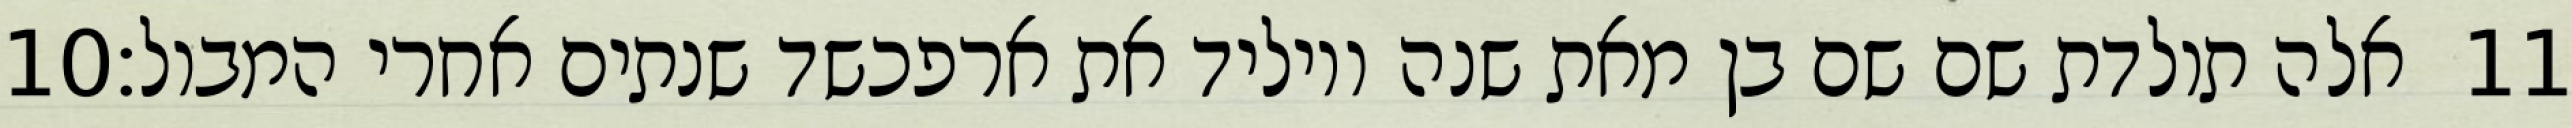
‎10‏ אלה תולדת שם שם בן מאת שנה ויוליד את ארפכשד שנתים אחרי המבול׃ ‎11‏